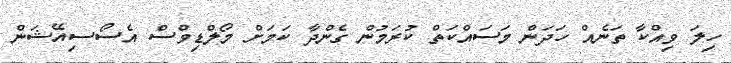
ހިލަ ވިއްކާ ތަނެއް ހަދަން މަސައްކަތް ކުރަމުން ގެންދާ ކަމަށް މޯލްޑިވްސް އެސޯސިއޭޝަން